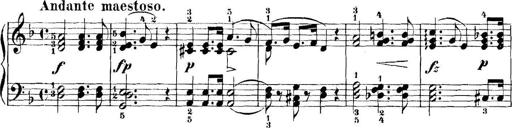
Title: 11 Sonatinas
Composer: Anton Diabelli